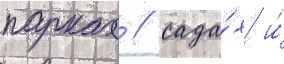
парках / сада́х и́